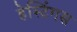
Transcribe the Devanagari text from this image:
हेस्टिंगस